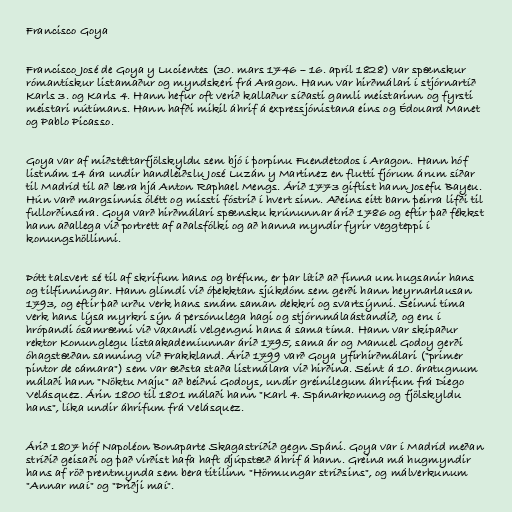
Francisco Goya

Francisco José de Goya y Lucientes (30. mars 1746 – 16. apríl 1828) var spænskur
rómantískur listamaður og myndskeri frá Aragon. Hann var hirðmálari í stjórnartíð
Karls 3. og Karls 4. Hann hefur oft verið kallaður síðasti gamli meistarinn og fyrsti
meistari nútímans. Hann hafði mikil áhrif á expressjónistana eins og Édouard Manet
og Pablo Picasso.

Goya var af miðstéttarfjölskyldu sem bjó í þorpinu Fuendetodos í Aragon. Hann hóf
listnám 14 ára undir handleiðslu José Luzán y Martinez en flutti fjórum árum síðar
til Madríd til að læra hjá Anton Raphael Mengs. Árið 1773 giftist hann Josefu Bayeu.
Hún varð margsinnis ólétt og missti fóstrið í hvert sinn. Aðeins eitt barn þeirra lifði til
fullorðinsára. Goya varð hirðmálari spænsku krúnunnar árið 1786 og eftir það fékkst
hann aðallega við portrett af aðalsfólki og að hanna myndir fyrir veggteppi í
konungshöllinni.

Þótt talsvert sé til af skrifum hans og bréfum, er þar lítið að finna um hugsanir hans
og tilfinningar. Hann glímdi við óþekktan sjúkdóm sem gerði hann heyrnarlausan
1793, og eftir það urðu verk hans smám saman dekkri og svartsýnni. Seinni tíma
verk hans lýsa myrkri sýn á persónulega hagi og stjórnmálaástandið, og eru í
hrópandi ósamræmi við vaxandi velgengni hans á sama tíma. Hann var skipaður
rektor Konunglegu listaakademíunnar árið 1795, sama ár og Manuel Godoy gerði
óhagstæðan samning við Frakkland. Árið 1799 varð Goya yfirhirðmálari ("primer
pintor de cámara") sem var æðsta staða listmálara við hirðina. Seint á 10. áratugnum
málaði hann "Nöktu Maju" að beiðni Godoys, undir greinilegum áhrifum frá Diego
Velásquez. Árin 1800 til 1801 málaði hann "Karl 4. Spánarkonung og fjölskyldu
hans", líka undir áhrifum frá Velásquez.

Árið 1807 hóf Napoléon Bonaparte Skagastríðið gegn Spáni. Goya var í Madríd meðan
stríðið geisaði og það virðist hafa haft djúpstæð áhrif á hann. Greina má hugmyndir
hans af röð prentmynda sem bera titilinn "Hörmungar stríðsins", og málverkunum
"Annar maí" og "Þriðji maí".